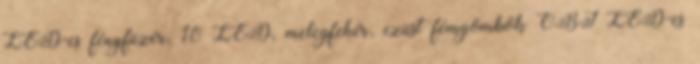
LED-es fényfüzér, 10 LED, melegfehér, ezüst fémgömbök OBI LED-es